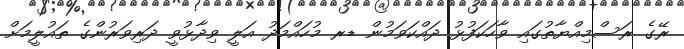
ރޭގެ ރަސްމިއްޔާތުގައި ވާހަކަފުޅު ދައްކަވަމުން ޑރ މުހައްމަދު އަލީ ވިދާޅުވީ ދަރިވަރުންގެ ތައުލީމަށް